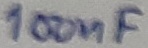
Text: 100nF